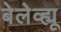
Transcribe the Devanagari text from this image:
बेलेव्ह्यू